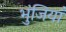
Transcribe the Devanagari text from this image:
भुंजियाँ